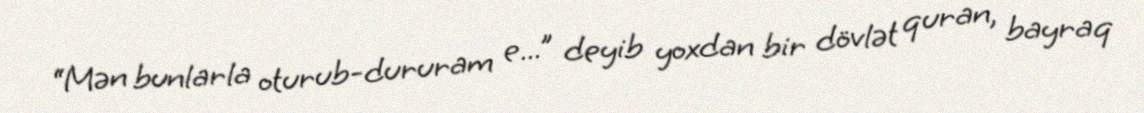
“Mən bunlarla oturub-dururam e...” deyib yoxdan bir dövlət quran, bayraq